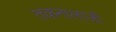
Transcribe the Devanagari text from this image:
तकनालाजी